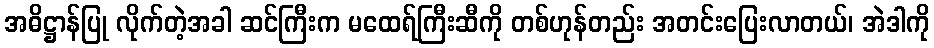
အဓိဋ္ဌာန်ပြု လိုက်တဲ့အခါ ဆင်ကြီးက မထေရ်ကြီးဆီကို တစ်ဟုန်တည်း အတင်းပြေးလာတယ်၊ အဲဒါကို